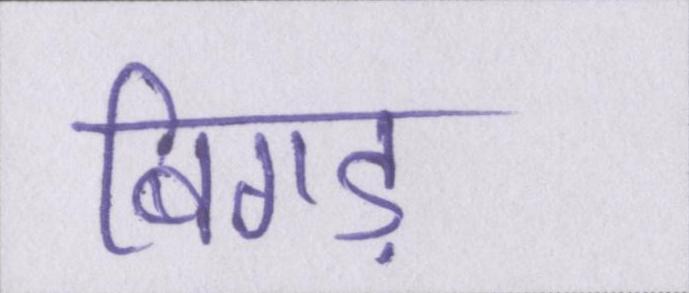
बिगड़